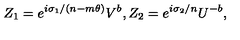
Z _ { 1 } = e ^ { i \sigma _ { 1 } / ( n - m \theta ) } V ^ { b } , Z _ { 2 } = e ^ { i \sigma _ { 2 } / n } U ^ { - b } ,